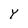
Character: Y